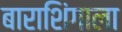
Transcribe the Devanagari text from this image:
बाराशिंगाला